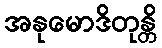
အနုမောဒိတုန္တိ